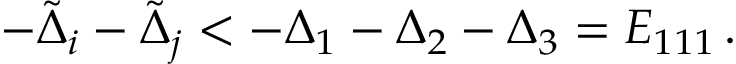
\begin{array} { r } { - \tilde { \Delta } _ { i } - \tilde { \Delta } _ { j } < - \Delta _ { 1 } - \Delta _ { 2 } - \Delta _ { 3 } = E _ { 1 1 1 } \, . } \end{array}